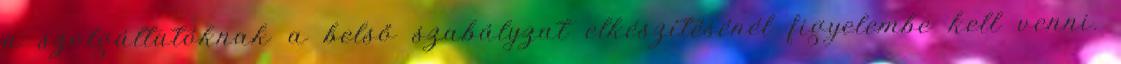
a szolgáltatóknak a belső szabályzat elkészítésénél figyelembe kell venni.